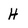
Character: H